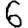
Digit: 6